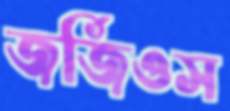
জর্জিওস